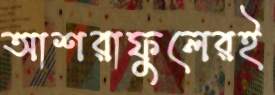
আশরাফুলেরই